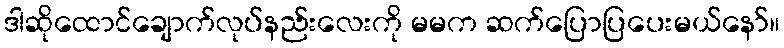
ဒါဆိုထောင်ချောက်လုပ်နည်းလေးကို မမက ဆက်ပြောပြပေးမယ်နော်။